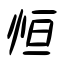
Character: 恒